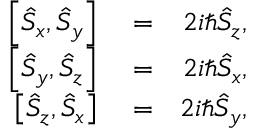
\begin{array} { r l r } { \left[ \hat { S } _ { x } , \hat { S } _ { y } \right] } & { { } = } & { 2 i \hbar \hat { S } _ { z } , } \\ { \left[ \hat { S } _ { y } , \hat { S } _ { z } \right] } & { { } = } & { 2 i \hbar \hat { S } _ { x } , } \\ { \left[ \hat { S } _ { z } , \hat { S } _ { x } \right] } & { { } = } & { 2 i \hbar \hat { S } _ { y } , } \end{array}